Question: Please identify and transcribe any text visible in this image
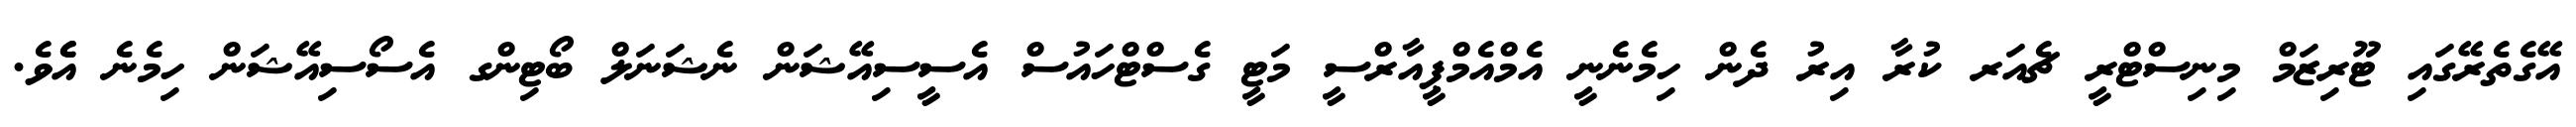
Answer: އޭގެތެރޭގައި ޓޫރިޒަމް މިނިސްޓްރީ ޗެއަރ ކުރާ އިރު ދެން ހިމެނެނީ އެމްއެމްޕީއާރްސީ މަޓީ ގެސްޓްހައުސް އެސީސިއޭޝަން ނެޝަނަލް ބޯޓިންގ އެސޯސިއޭޝަން ހިމެނެ އެެވެ.